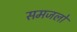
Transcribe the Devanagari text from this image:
समजलो